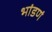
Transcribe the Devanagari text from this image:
भांडणं